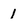
Character: 1